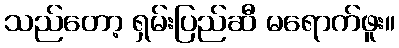
သည်တော့ ရှမ်းပြည်ဆီ မရောက်ဖူး။